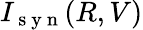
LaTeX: I_{\mathrm{~s~y~n~}}(R,V)